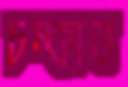
চম্‌কাত